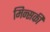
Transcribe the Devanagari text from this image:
मिन्सकी